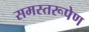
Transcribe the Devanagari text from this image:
समस्तरूपेण